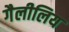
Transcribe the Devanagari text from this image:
गैलीलिय